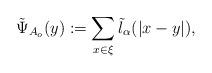
LaTeX: \begin{align*}\tilde{\Psi}_{A_o}(y):=\sum_{x \in \xi}\tilde{l}_\alpha(|x-y|),\end{align*}